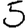
Digit: 5